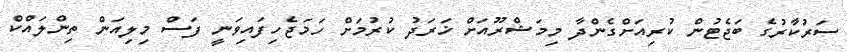
ސަރުކާރުގެ ބަޖެޓުން ކުރިއަށްގެންދާ މިމަޝްރޫއަށް ޚަރަދު ކުރުމަށް ހަމަޖެހިފައިވަނީ ފަސް މިލިއަން ތިންލައްކް